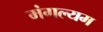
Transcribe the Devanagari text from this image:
मंगल्यम